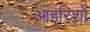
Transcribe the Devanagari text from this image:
आइरिशों